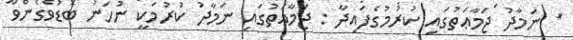
* ނަމާދު ޖަމާޢަތުގައި ކުރުމުގެފައިދާ : ޖަމާޢަތުގައި ނަމާދު ކުރުމަކީ ނުހަނު ބޮޑުވެގެންވާ